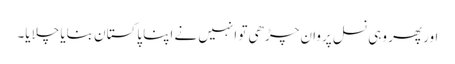
اور پھر وہی نسل پروان چڑھی تو انہیں نے اپنا پاکستان بنایا چلایا۔